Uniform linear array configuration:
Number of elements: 64
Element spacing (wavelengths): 0.25
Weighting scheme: blackman
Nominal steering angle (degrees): -15
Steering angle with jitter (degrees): -13.554
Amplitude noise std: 0.05
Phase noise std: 0.05

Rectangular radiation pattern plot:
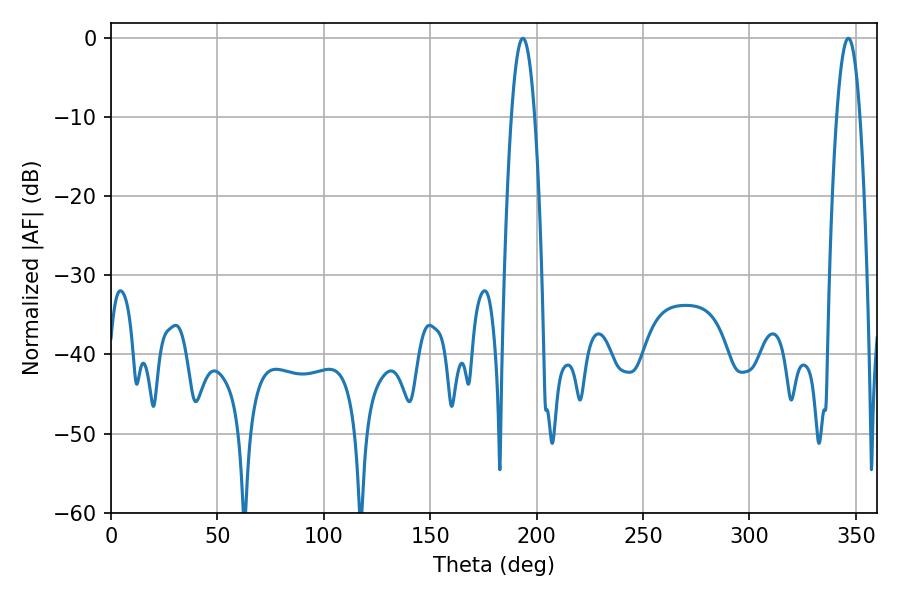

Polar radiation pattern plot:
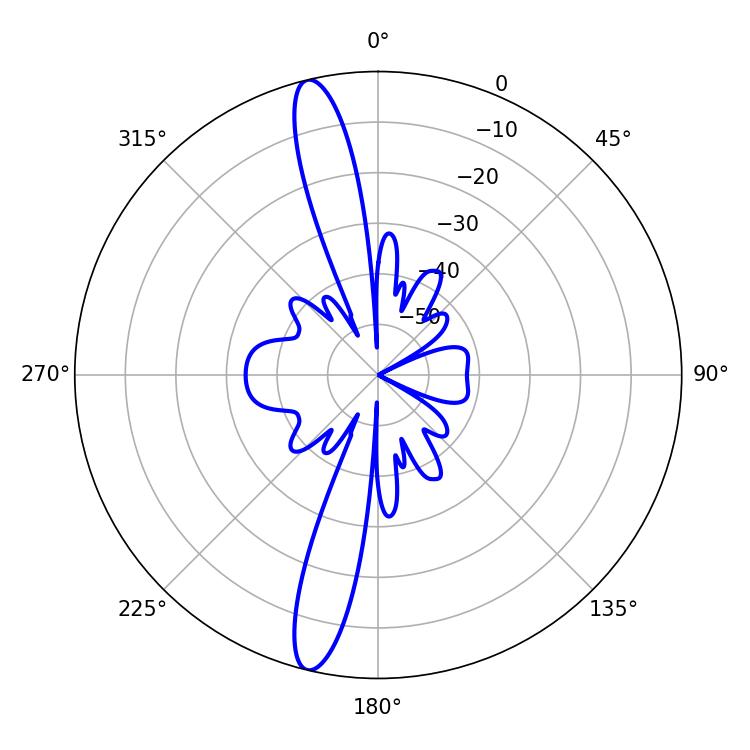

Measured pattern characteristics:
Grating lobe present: FALSE
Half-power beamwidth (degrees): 5.94
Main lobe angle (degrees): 193.5